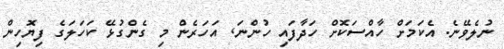
ނުލެވޭނެ. އެކަމަށް ހާއްސަކޮށް ހަދާފައި ހުންނަ